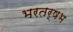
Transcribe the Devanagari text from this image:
भरतर्षभ